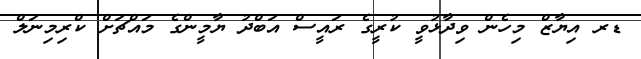
ޑރ އިޔާޒް މިހެން ވިދާޅުވީ ކުރީގެ ރައީސް އަބްދު ޔާމީންގެ މައްޗަށް ކްރިމިނަލް